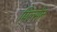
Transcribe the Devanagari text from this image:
पिल्सेन